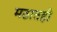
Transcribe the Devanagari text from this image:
मठातही